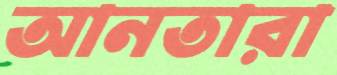
আনতারা